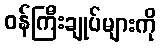
ဝန်ကြီးချုပ်များကို